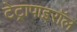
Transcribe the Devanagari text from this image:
टेट्रापाइरॉल